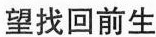
望找回前生